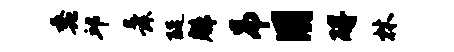
蠡邱舜醍魁吊用碍林